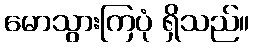
မောသွားကြပုံ ရှိသည်။